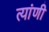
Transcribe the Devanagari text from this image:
त्यांणी